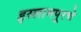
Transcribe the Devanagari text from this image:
इस्लामपूरचे